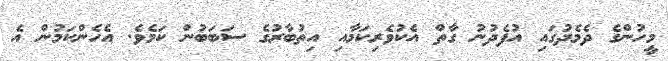
މީހުންގެ ދެމެދުގައި އުފެދުނު ގާތް އެކުވެރިކަމާއި އިތުބާރުގެ ސަބަބުން ކަމެވެ. އެހެންކަމުން އެ